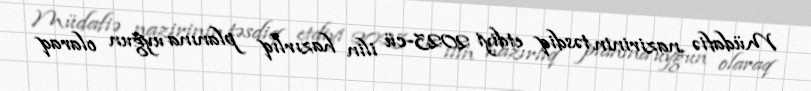
Müdafiə nazirinin təsdiq etdiyi 2023-cü ilin hazırlıq planına uyğun olaraq